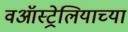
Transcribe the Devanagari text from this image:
वऑस्ट्रेलियाच्या